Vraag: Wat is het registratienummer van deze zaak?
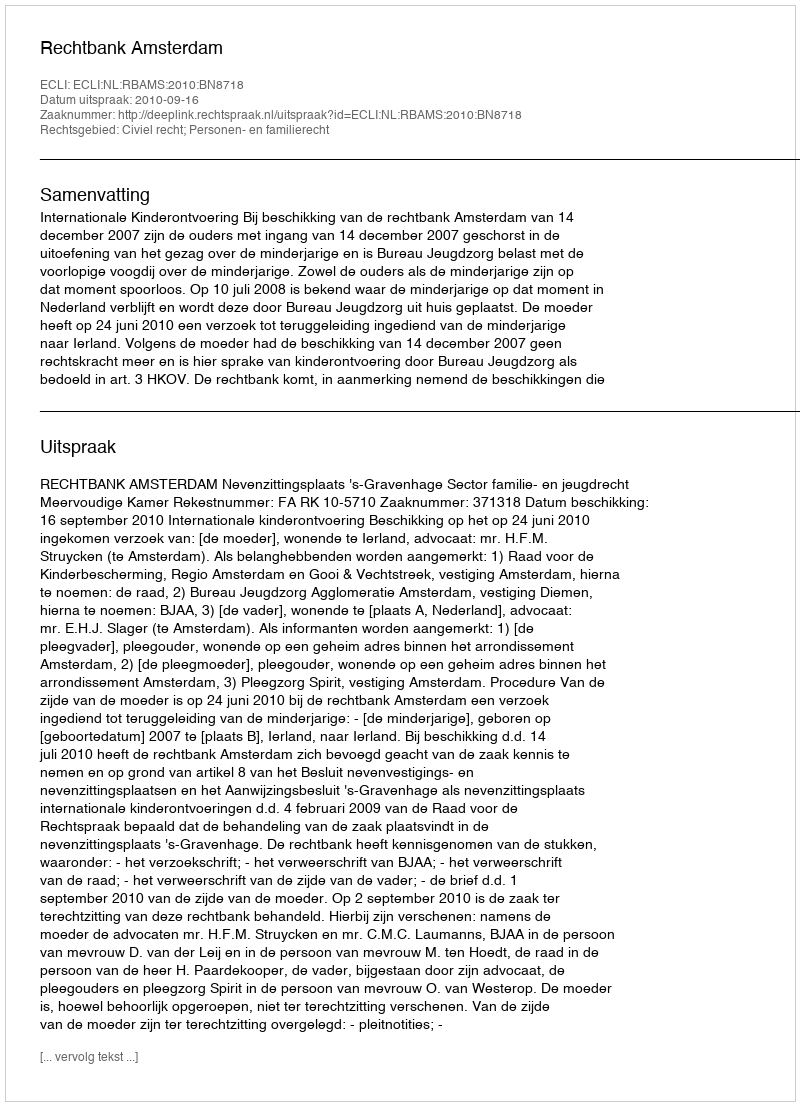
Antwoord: http://deeplink.rechtspraak.nl/uitspraak?id=ECLI:NL:RBAMS:2010:BN8718